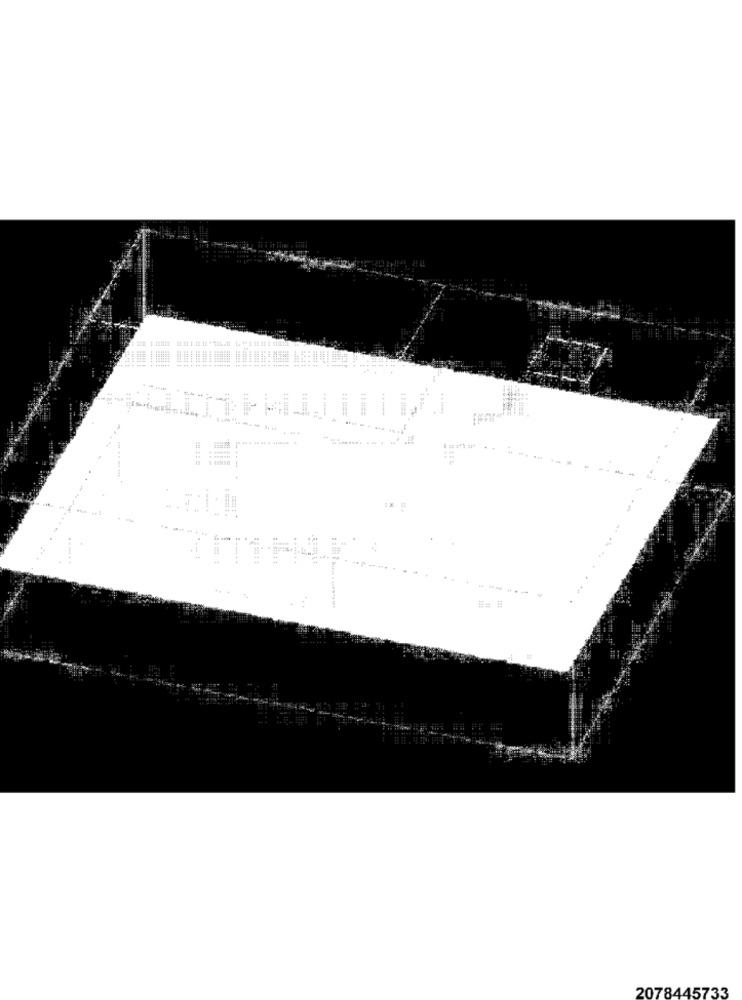
=---
..
----
---
## #
2078445733